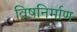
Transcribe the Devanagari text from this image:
विषनिर्माण